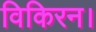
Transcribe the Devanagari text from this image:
विकिरन।